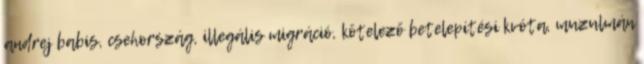
andrej babis, csehország, illegális migráció, kötelező betelepítési kvóta, muzulmán